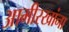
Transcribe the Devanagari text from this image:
आमीरखांना